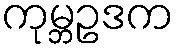
ကုမ္ဘဥဒက